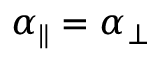
\alpha _ { \parallel } = \alpha _ { \perp }